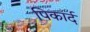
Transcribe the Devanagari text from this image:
पिकार्द